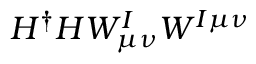
H ^ { \dag } H W _ { \mu \nu } ^ { I } W ^ { I \mu \nu }